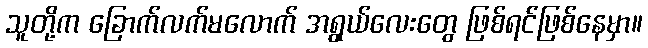
သူတို့က ခြောက်လက်မလောက် အရွယ်လေးတွေ ဖြစ်ရင်ဖြစ်နေမှာ။